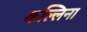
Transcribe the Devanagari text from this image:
कल्लिना